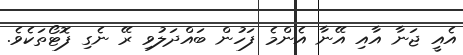
އެއީ ޖަނާ އާއި އޭނާ އެންމެ ފަހުން ބައްދަލުވި ރޭ ނެގި ފޮޓޯތަކެވެ.